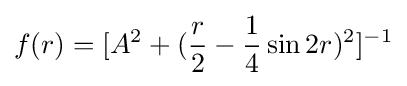
f(r)=[A^{2}+({\frac {r}{2}}-{\frac {1}{4}}\sin 2r)^{2}]^{-1}